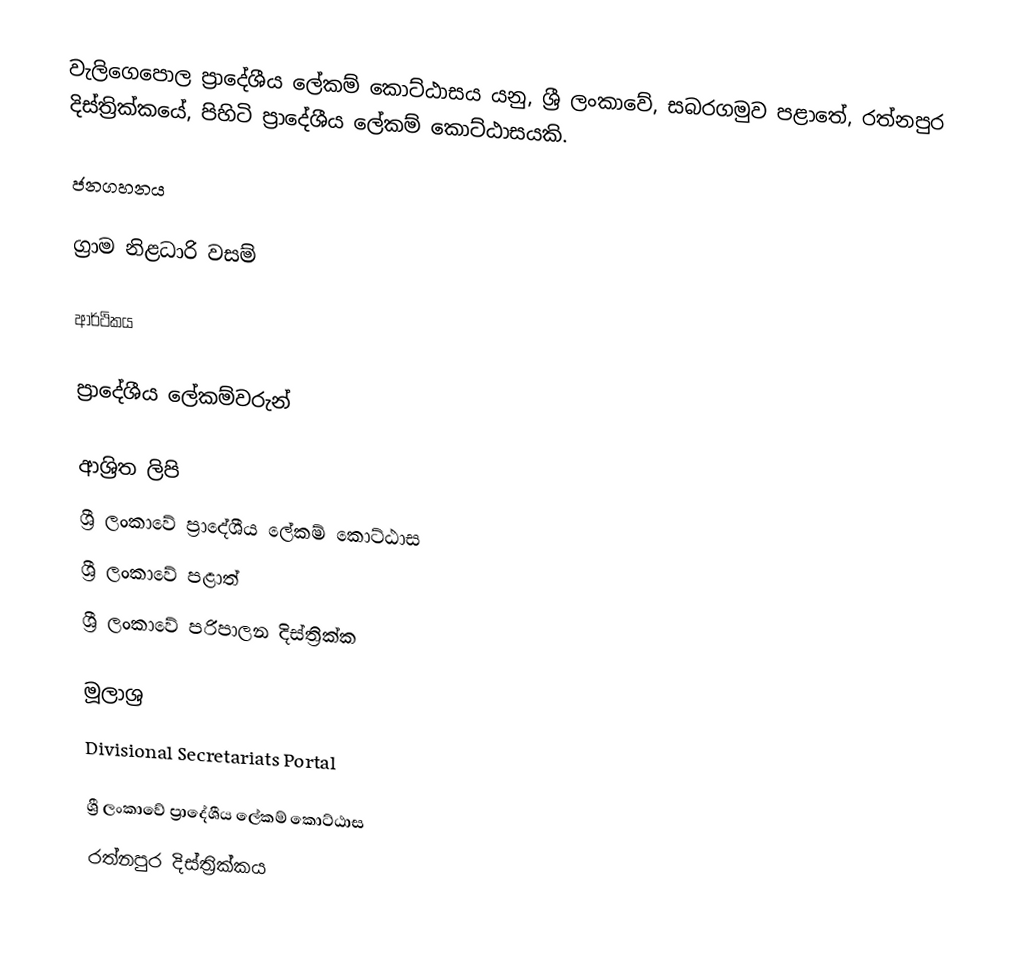
වැලිගෙපොල ප්‍රාදේශීය ලේකම් කොට්ඨාසය යනු,  ශ්‍රී ලංකාවේ, සබරගමුව පළාතේ,   රත්නපුර දිස්ත්‍රික්කයේ, පිහිටි ප්‍රාදේශීය ලේකම් කොට්ඨාසයකි.

ජනගහනය

ග්‍රාම නිළධාරි වසම්

ආර්ථිකය

ප්‍රාදේශීය ලේකම්වරුන්

ආශ්‍රිත ලිපි
ශ්‍රී ලංකාවේ ප්‍රාදේශීය ලේකම් කොට්ඨාස
ශ්‍රී ලංකාවේ පළාත්
ශ්‍රී ලංකාවේ පරිපාලන දිස්ත්‍රික්ක

මූලාශ්‍ර
 Divisional Secretariats Portal

ශ්‍රී ලංකාවේ ප්‍රාදේශීය ලේකම් කොට්ඨාස
රත්නපුර  දිස්ත්‍රික්කය